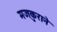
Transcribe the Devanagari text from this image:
मजकुराने